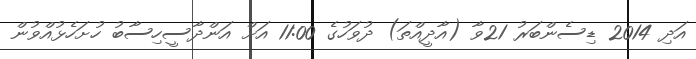
އަދި 2014 ޑިސެންބަރު 21ވާ (އާދީއްތަ) ދުވަހުގެ 11:00 އަށް އަންދާސީހިސާބު ހުށަހެޅުއްވުން